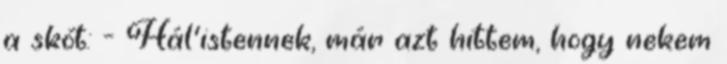
a skót: - Hál'istennek, már azt hittem, hogy nekem